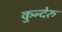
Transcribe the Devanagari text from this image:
कुन्देरु